Indian Civil Veterinary Department memoirs
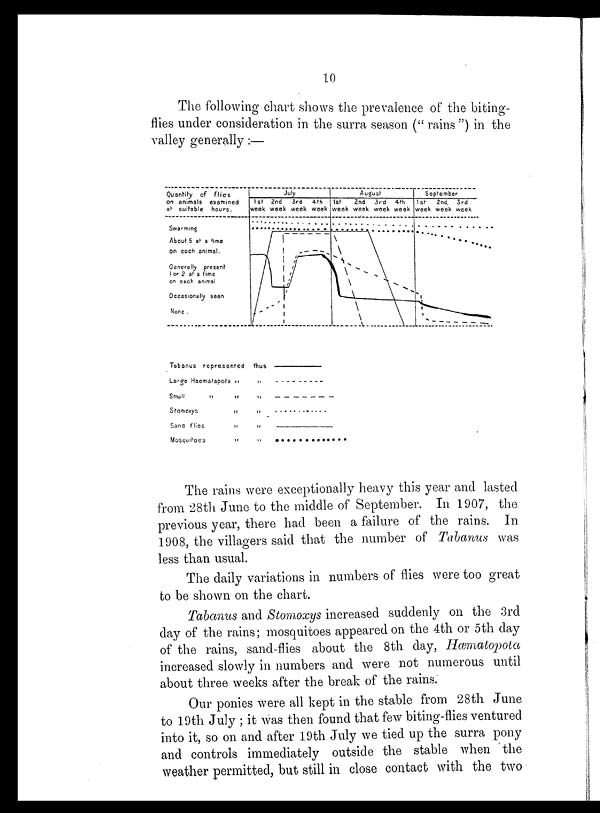
10
The following chart shows the prevalence of the biting-
flies under consideration in the surra season ("rains") in the
valley generally:—
The rains were exceptionally heavy this year and lasted
from 28th June to the middle of September. In 1907, the
previous year, there had been a failure of the rains. In
1908, the villagers said that the number of Tabanus was
less than usual.
The daily variations in numbers of flies were too great
to be shown on the chart.
Tabanus and Stomoxys increased suddenly on the 3rd
day of the rains; mosquitoes appeared on the 4th or 5th day
of the rains, sand-flies about the 8th day, Hæmatopota
increased slowly in numbers and were not numerous until
about three weeks after the break of the rains.
Our ponies were all kept in the stable from 28th June
to 19th July ; it was then found that few biting-flies ventured
into it, so on and after 19th July we tied up the surra pony
and controls immediately outside the stable when the
weather permitted, but still in close contact with the two